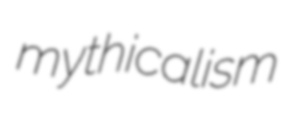
mythicalism